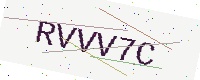
Text: RVVV7C